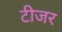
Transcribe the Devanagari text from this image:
टीजर